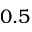
0 . 5